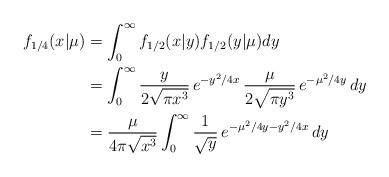
LaTeX: \begin{align*} f_{1/4}(x|\mu) &= \int_0^\infty f_{1/2}(x|y) f_{1/2}(y|\mu) dy \\ &= \int_0^\infty \frac{y}{2\sqrt{\pi x^3}}\, e^{-y^2/4x}\,\frac{\mu}{2\sqrt{\pi y^3}}\, e^{-\mu^2/4y} \, dy \\ &= \frac{\mu}{4\pi\sqrt{x^3}}\int_0^\infty \frac{1}{\sqrt{y}}\, e^{-\mu^2/4y-y^2/4x} \, dy \end{align*}